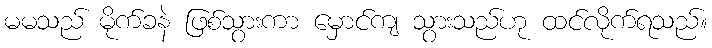
မမသည် မိုက်ခနဲ ဖြစ်သွားကာ မှောင်ကျ သွားသည်ဟု ထင်လိုက်ရသည်။